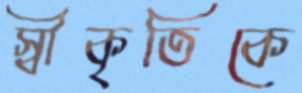
স্বীকৃতিকে